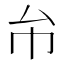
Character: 𢁔